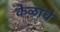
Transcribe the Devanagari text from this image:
केळांचे